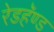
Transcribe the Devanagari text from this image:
रेडहॅण्ड